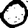
Digit: 0